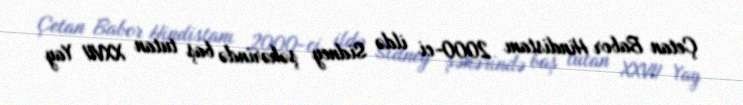
Çetan Babor Hindistanı 2000-ci ildə Sidney şəhərində baş tutan XXVII Yay